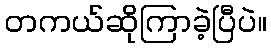
တကယ်ဆိုကြာခဲ့ပြီပဲ။